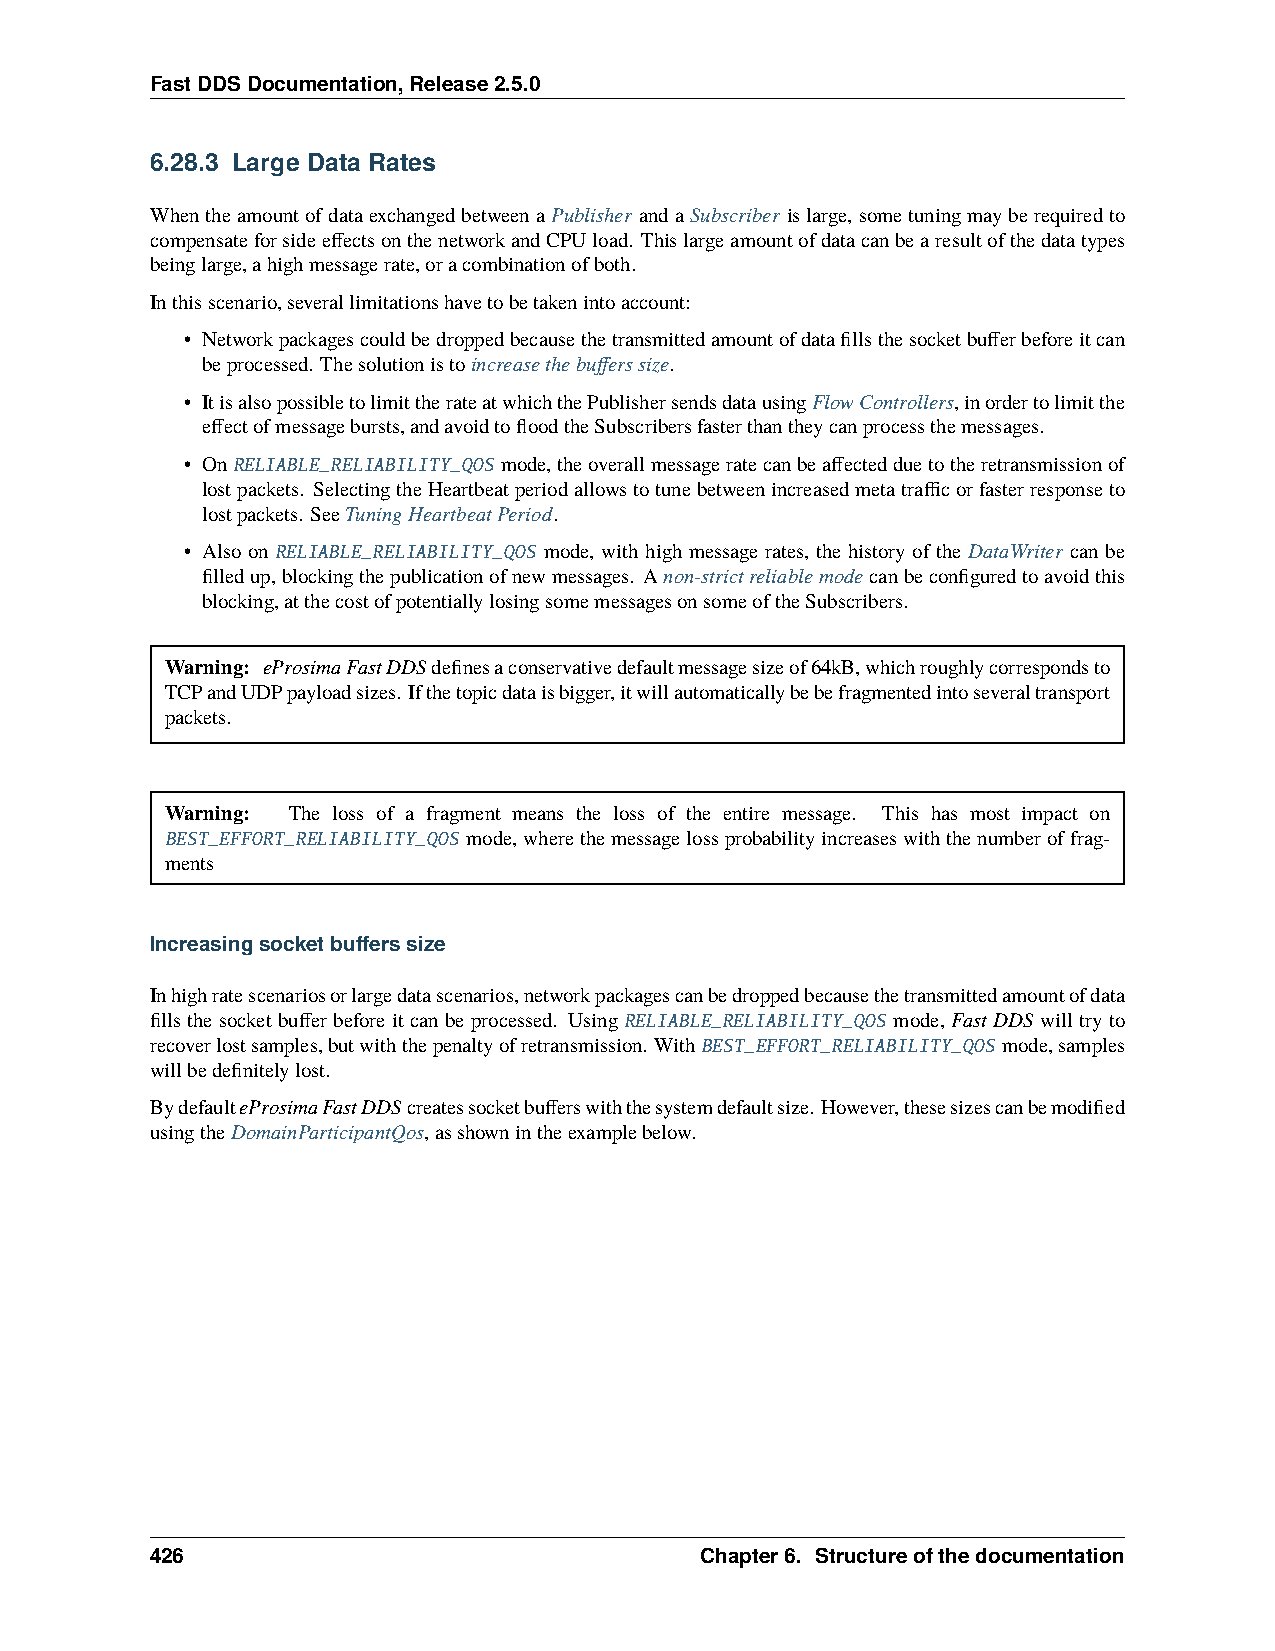
FastDDSDocumentation,Release2.5.0
 6.28.3 Large Data Rates
 WhentheamountofdataexchangedbetweenaPublisher andaSubscriber islarge,sometuningmayberequiredto
 compensateforsideeffectsonthenetworkandCPUload. Thislargeamountofdatacanbearesultofthedatatypes
 beinglarge,ahighmessagerate,oracombinationofboth.
 Inthisscenario,severallimitationshavetobetakenintoaccount:
 • Networkpackagescouldbedroppedbecausethetransmittedamountofdatafillsthesocketbufferbeforeitcan
 beprocessed. Thesolutionistoincreasethebufferssize.
 • ItisalsopossibletolimittherateatwhichthePublishersendsdatausingFlowControllers,inordertolimitthe
 effectofmessagebursts,andavoidtofloodtheSubscribersfasterthantheycanprocessthemessages.
 • OnRELIABLE_RELIABILITY_QOS mode,theoverallmessageratecanbeaffectedduetotheretransmissionof
 lostpackets. SelectingtheHeartbeatperiodallowstotunebetweenincreasedmetatrafficorfasterresponseto
 lostpackets. SeeTuningHeartbeatPeriod.
 • Also on RELIABLE_RELIABILITY_QOS mode, with high message rates, the history of the DataWriter can be
 filledup,blockingthepublicationofnewmessages. Anon-strictreliablemodecanbeconfiguredtoavoidthis
 blocking,atthecostofpotentiallylosingsomemessagesonsomeoftheSubscribers.
 Warning: eProsimaFastDDSdefinesaconservativedefaultmessagesizeof64kB,whichroughlycorrespondsto
 TCPandUDPpayloadsizes. Ifthetopicdataisbigger,itwillautomaticallybebefragmentedintoseveraltransport
 packets.
 Warning: The loss of a fragment means the loss of the entire message. This has most impact on
 BEST_EFFORT_RELIABILITY_QOS mode,wherethemessagelossprobabilityincreaseswiththenumberoffrag-
 ments
 Increasingsocketbufferssize
 Inhighratescenariosorlargedatascenarios,networkpackagescanbedroppedbecausethetransmittedamountofdata
 fills the socket buffer before it can be processed. Using RELIABLE_RELIABILITY_QOS mode, Fast DDS will try to
 recoverlostsamples,butwiththepenaltyofretransmission. WithBEST_EFFORT_RELIABILITY_QOS mode,samples
 willbedefinitelylost.
 BydefaulteProsimaFastDDScreatessocketbufferswiththesystemdefaultsize. However,thesesizescanbemodified
 usingtheDomainParticipantQos,asshownintheexamplebelow.
 426                                 Chapter6. Structureofthedocumentation